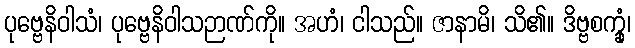
ပုဗ္ဗေနိဝါသံ၊ ပုဗ္ဗေနိဝါသဉာဏ်ကို။ အဟံ၊ ငါသည်။ ဇာနာမိ၊ သိ၏။ ဒိဗ္ဗစက္ခုံ၊